Lunatic asylums Punjab 1881-1894 - 1881-1894
Year: 1881
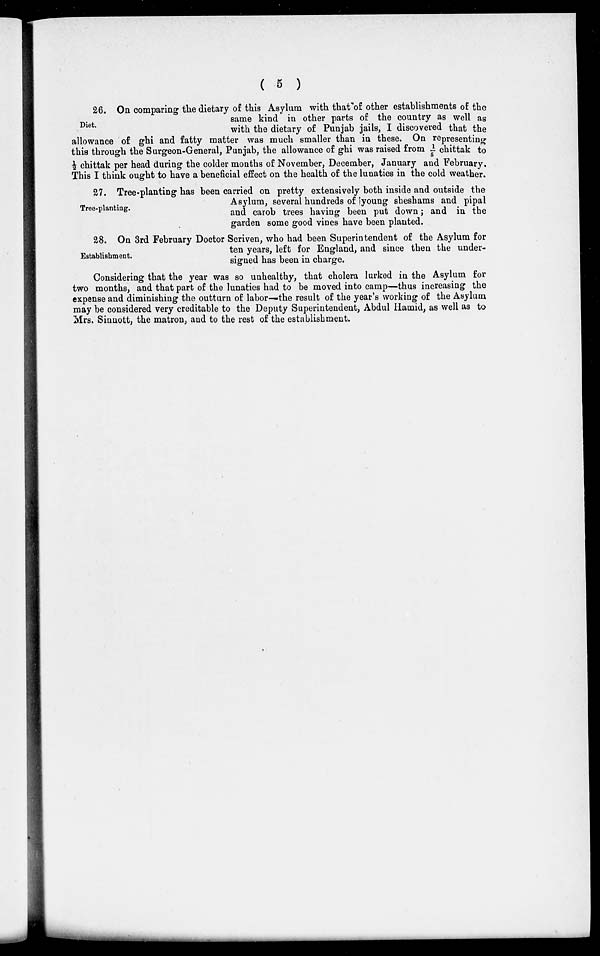
( 5 )
Diet.
26. On comparing the dietary of this Asylum with that of other establishments of the
same kind in other parts of the country as well as
with the dietary of Punjab jails, I discovered that the
allowance of ghi and fatty matter was much smaller than in these. On representing
this through the Surgeon-General, Punjab, the allowance of ghi was raised from 1/5 chittak to
1/2 chittak per head during the colder months of November, December, January and February.
This I think ought to have a beneficial effect on the health of the lunatics in the cold weather.
Tree-planting.
27. Tree-planting has been carried on pretty extensively both inside and outside the
Asylum, several hundreds of young sheshams and pipal
and carob trees having been put down; and in the
garden some good vines have been planted.
Establishment.
28. On 3rd February Doctor Scriven, who had been Superintendent of the Asylum for
ten years, left for England, and since then the under-
signed has been in charge.
Considering that the year was so unhealthy, that cholera lurked in the Asylum for
two months, and that part of the lunatics had to be moved into camp—thus increasing the
expense and diminishing the outturn of labor—the result of the year's working of the Asylum
may be considered very creditable to the Deputy Superintendent, Abdul Hamid, as well as to
Mrs. Sinnott, the matron, and to the rest of the establishment.